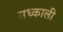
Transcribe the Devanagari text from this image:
मध्काली